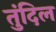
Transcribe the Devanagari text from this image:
तुंदिल